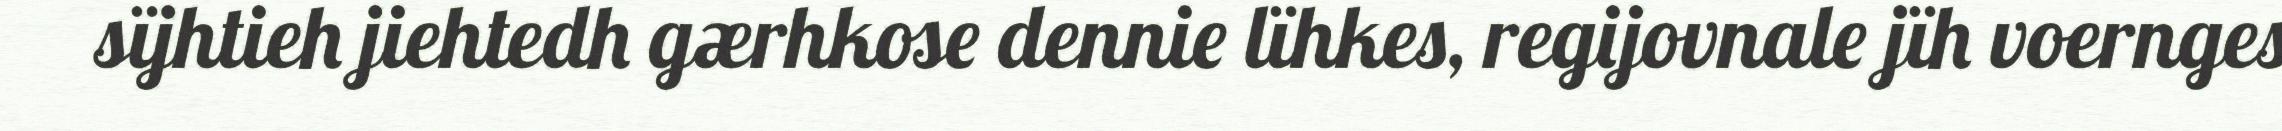
sïjhtieh jiehtedh gærhkose dennie lïhkes, regijovnale jïh voernges